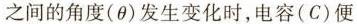
之间的角度(θ)发生变化时，电容(C)便